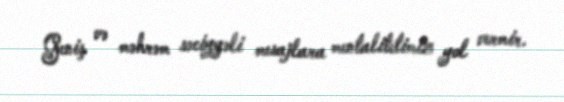
Geniş və məhrəm səciyyəli mesajlara mentalitetimiz yol vermir.